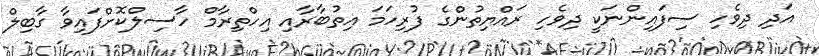
އަދި ދިވެހި ސިފައިންނަކީ ދިވެހި ރައްޔިތުންގެ ފުރިހަމަ އިތުބާރާއި އިހްތިރާމް ހާސިލްކޮށްފައިވާ ގާބިލް